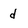
Character: d